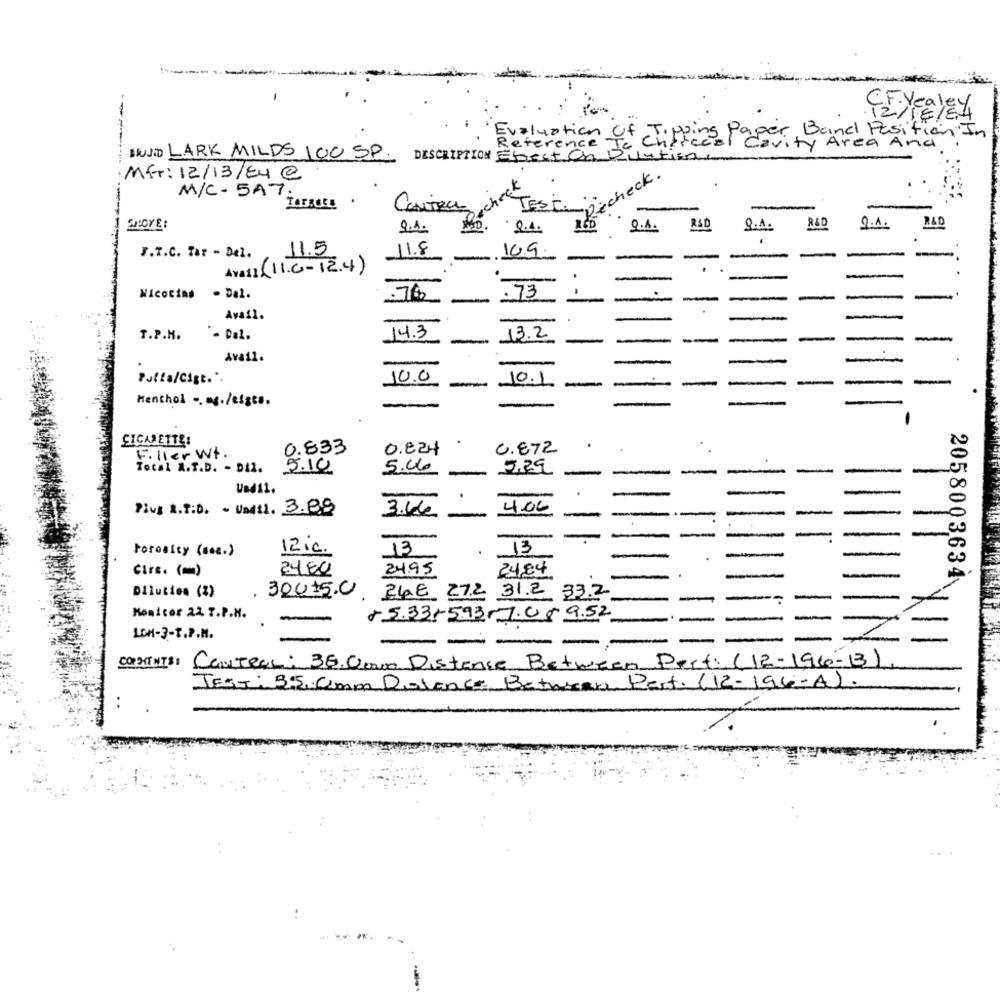
ÇEYCaLEY
in of chiffeel des Area And
IJD LARK MILDS 100 SP
DESCRIPTION
Mfr: 12/13/E4 @
M/C- 5A7;
chre
TORACLE.
CENTRAL
TES C.
SPOYE:
9.1.
0.4.
9.4.
R&D
g.1.
R&D
2.A.
11.5
11.8
F.T.C. Tar - Del.
-
10.9.
Avail (11.6 - 12.4)
Micocina - Del.
-
-
.73
-
-
Avail.
T.P.H.
- Dal.
14.3
13.2
--
-
Avail.
-
-
Putta/Cigt ..
10.0
-
10.1
-
-
Menthol -. m./eiges.
SICAMETTE:
0.833
.
Filler Wt .
0.824
C.ETZ
.
Tocal A.T.D. - Dil.
5.10
5.00
5,29
-
--
Und11.
.
-
4.06
Plus R.T:D. - UMil. 3.88
3.66
13
torosity (see.)
12.c.
13
24.95
Cirs. (mm)
2480
24.84
2058003634
Dilution (%)
30015.0
2448 27.2 31.2 33.2
Monitor 22 T.P.H.
5.3355.93-7.05 9.52
ICH-3-T.P.M.
--
---
CON DIT NTS:
Carteal: 36.000 Distance Between Pert: (12-196-13)
JEST: 3.5.0mm Dolance Between Part. (12-194-A).
..
-